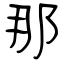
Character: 那